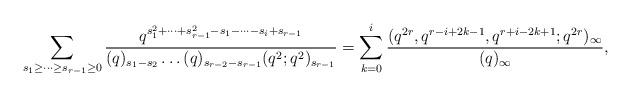
LaTeX: \begin{align*}\sum_{s_1\geq\dots\geq s_{r-1}\geq0}\frac{q^{s_1^2+\dots+s_{r-1}^2-s_1-\cdots- s_i+s_{r-1}}}{(q)_{s_1-s_2}\dots(q)_{s_{r-2}-s_{r-1}}(q^2;q^2)_{s_{r-1}}}=\sum_{k=0}^{i}\frac{(q^{2r},q^{r-i+2k-1},q^{r+i-2k+1};q^{2r})_\infty}{(q)_\infty},\end{align*}